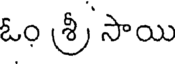
ఓం శ్రీ సాయి